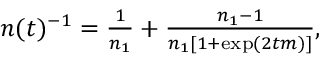
\begin{array} { r } { n ( t ) ^ { - 1 } = \frac { 1 } { n _ { 1 } } + \frac { n _ { 1 } - 1 } { n _ { 1 } [ 1 + \exp ( 2 t m ) ] } , } \end{array}